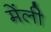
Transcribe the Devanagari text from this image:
मेंली